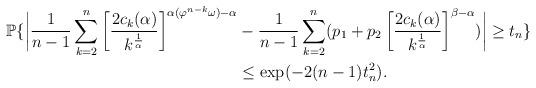
\begin{align*}\mathbb P\{ \biggl|\frac{1}{n-1}\sum_{k=2}^n\left[\frac{2c_k(\alpha)}{k^{\frac{1}{\alpha}}}\right]^{\alpha(\varphi^{n-k}\omega) - \alpha} &- \frac{1}{n-1}\sum_{k=2}^n ( p_1 + p_2\left[\frac{2c_k(\alpha)}{k^{\frac{1}{\alpha}}}\right]^{\beta-\alpha})\biggr|\geq t_n\} \\ &\leq \exp(-2(n-1)t_n^2).\end{align*}